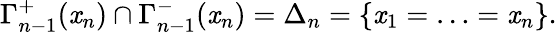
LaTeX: \Gamma_{n-1}^{+}(\mathit{x}_{n})\cap\Gamma_{n-1}^{-}(\mathit{x}_{n})=\Delta_{n}=\{ \mathit{x}_{1}=\ldots=\mathit{x}_{n}\} .